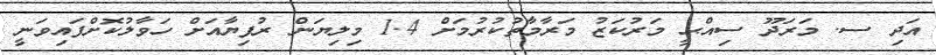
އަދި ސ. މަރަދޫ ސިއްޙީ މަރުކަޒު މަރާމާތުކުރުމަށް 1.4 މިލިޔަން ރުފިޔާއަށް ހަވާލުކޮށްފައިވަނީ